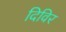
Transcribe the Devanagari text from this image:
दिविर